King Institute of Preventive Medicine Bacteriolog. Section reports 1907-08
Year: 1907
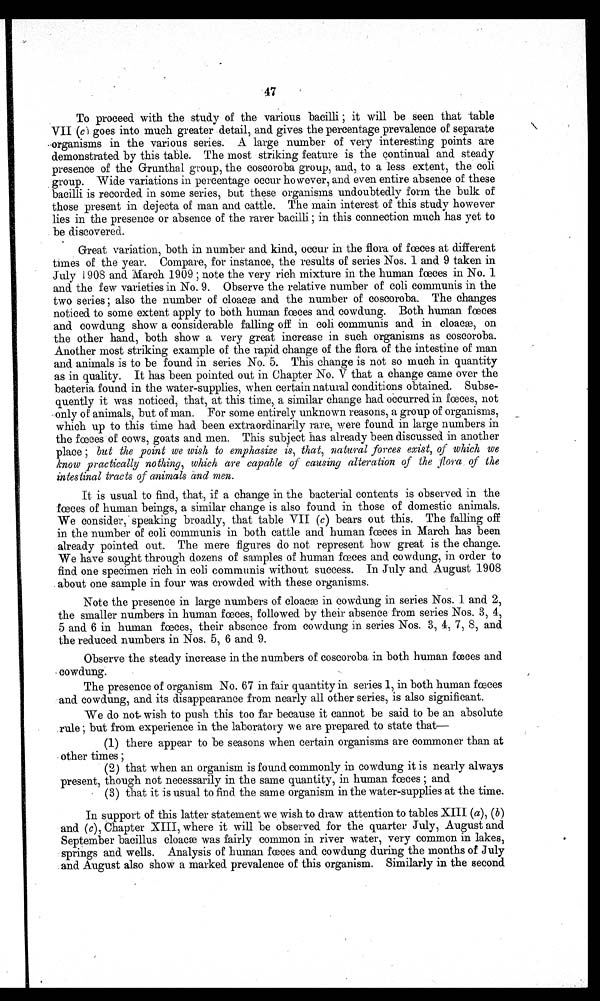
47
To proceed. with the study of the various bacilli ; it will be seen that table
VII (c) goes into much greater detail, and. gives the percentage prevalence of separate
-organisms in the various series. A large number of very interesting points are
demonstrated by this table. The most striking feature is the continual and steady
presence of the Grunthal group, the coscoroba group, and, to a less extent, the coli
group. Wide variations in percentage occur however, and even entire absence of these
bacilli is recorded in some series, but these organisms undoubtedly form the bulk of
those present in dejecta of man and cattle. The main interest of this study however
lies in the presence or absence of the rarer bacilli ; in this connection much has yet to
be discovered.
Great variation, both in number and kind, occur in the flora of fœces at different
times of the year. Compare, for instance, the results of series Nos. 1 and 9 taken in
July 1908 and March 1909 ; note the very rich mixture in the human fœces in No. 1
and the few varieties in No. 9. Observe the relative number of coli communis in the
two series ; also the number of cloacæ and the number of coscoroba. The changes
noticed to some extent apply to both human fœces and cowdung. Both human fœces
and cowdung show a considerable falling off in coli communis and in cloacæ, on
the other hand, both show a very great increase in such organisms as coscoroba.
Another most striking example of the rapid change of the flora of the intestine of man
and animals is to be found in series No. 5. This change is not so much in quantity
as in quality. It has been pointed out in Chapter No. V that a change came over the
bacteria found in the water-supplies, when certain natural conditions obtained. Subse-
quently it was noticed, that, at this time, a similar change had occurred in faces, not
.only of animals, but of man. For some entirely unknown reasons, a group of organisms,
which up to this time had been extraordinarily rare, were found in large numbers in
the feces of cows, goats and men. This subject has already been discussed in another
place ; but the point we wish to emphasize is, that, natural forces exist, of which we
know practically nothing, which, are capable of causing alteration of the flora of the
intestinal tracts of animals and men.
It is usual to find, that, if a change in the bacterial contents is observed in the
faces of human beings, a similar change is also found in those of domestic animals.
We consider, speaking broadly, that table VII (c) bears out this. The falling off
in the number of coli communis in both cattle and human fœces in March has been
already pointed out. The mere figures do not represent how great is the change.
We have sought through dozens of samples of human fœces and cowdung, in order to
find one specimen rich in coli communis without success. In July and August 1908
. about one sample in four was crowded with these organisms.
Note the presence in large numbers of cloacæ in cowdung in series Nos. 1 and 2,
the smaller numbers in human fœces, followed by their absence from series Nos. 3, 4,
5 and 6 in human fœces, their absence from cowdung in series Nos. 3, 4, 7, 8, and
the reduced numbers in Nos. 5, 6 and 9.
Observe the steady increase in the numbers of coscoroba in both human fœces and
cowdung.
The presence of organism No. 67 in fair quantity in series 1, in both human fœces
and cowdung, and its disappearance from nearly all other series, is also significant.
We do not wish to push this too far because it cannot be said to be an absolute
.rule ; but from experience in the laboratory we are prepared to state that
(1) there appear to be seasons when certain organisms are commoner than at
other times ;
(2) that when an organism is found commonly in cowdung it is nearly always
present, though not necessarily in the same quantity, in human fœces ; and
(3) that it is usual to find the same organism in the water-supplies at the time.
In support of this latter statement we wish to draw attention to tables XIII (a), (b)
and (c), Chapter XIII, where it will be observed for the quarter July, August and
September bacillus cloacæ was fairly common in river water, very common in lakes,
springs and wells. Analysis of human fœces and cowdung during the months of July
. and August also show a marked prevalence of this organism. Similarly in the second